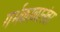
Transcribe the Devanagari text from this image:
गर्भकाळानंतर